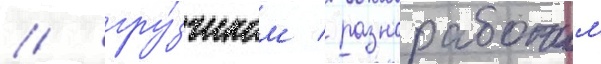
/ гру́зчиком / разнорабочим